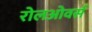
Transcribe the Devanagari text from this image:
रोलओवर्स